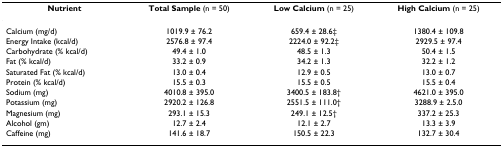
<table><thead><tr><td><b>Nutrient</b></td><td><b>Total Sample (n = 50)</b></td><td><b>Low Calcium (n = 25)</b></td><td><b>High Calcium (n = 25)</b></td></tr></thead><tbody><tr><td>Calcium (mg/d)</td><td>1019.9 ± 76.2</td><td>659.4 ± 28.6‡</td><td>1380.4 ± 109.8</td></tr><tr><td>Energy Intake (kcal/d)</td><td>2576.8 ± 97.4</td><td>2224.0 ± 92.2‡</td><td>2929.5 ± 97.4</td></tr><tr><td>Carbohydrate (% kcal/d)</td><td>49.4 ± 1.0</td><td>48.5 ± 1.3</td><td>50.4 ± 1.5</td></tr><tr><td>Fat (% kcal/d)</td><td>33.2 ± 0.9</td><td>34.2 ± 1.3</td><td>32.2 ± 1.2</td></tr><tr><td>Saturated Fat (% kcal/d)</td><td>13.0 ± 0.4</td><td>12.9 ± 0.5</td><td>13.0 ± 0.7</td></tr><tr><td>Protein (% kcal/d)</td><td>15.5 ± 0.3</td><td>15.5 ± 0.5</td><td>15.5 ± 0.4</td></tr><tr><td>Sodium (mg)</td><td>4010.8 ± 395.0</td><td>3400.5 ± 183.8†</td><td>4621.0 ± 395.0</td></tr><tr><td>Potassium (mg)</td><td>2920.2 ± 126.8</td><td>2551.5 ± 111.0†</td><td>3288.9 ± 2.5.0</td></tr><tr><td>Magnesium (mg)</td><td>293.1 ± 15.3</td><td>249.1 ± 12.5†</td><td>337.2 ± 25.3</td></tr><tr><td>Alcohol (gm)</td><td>12.7 ± 2.4</td><td>12.1 ± 2.7</td><td>13.3 ± 3.9</td></tr><tr><td>Caffeine (mg)</td><td>141.6 ± 18.7</td><td>150.5 ± 22.3</td><td>132.7 ± 30.4</td></tr></tbody></table>